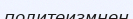
политеизмнен